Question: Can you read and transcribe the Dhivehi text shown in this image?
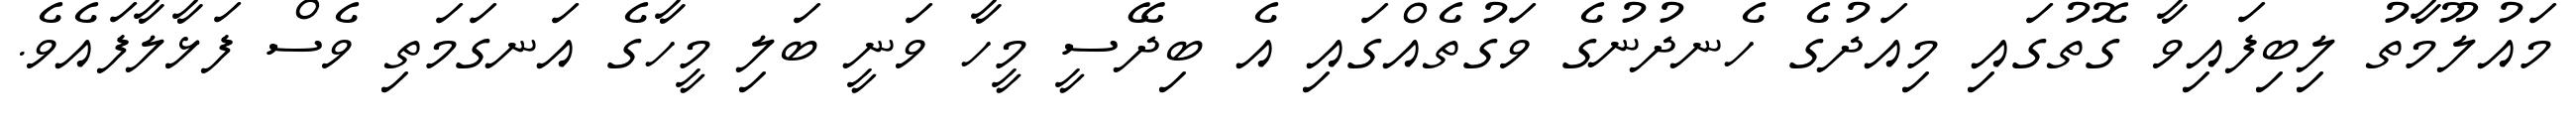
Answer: މައުލޫމާތު ލިބިފައިވާ ގޮތުގައި މިއަދުގެ ހެނދުނުގެ ވަގުތެއްގައި އެ ބިދޭސީ މީހާ ވަނީ ބަލި މީހާގެ އަނގަމަތި ވެސް ފަޅާލާފައެވެ.